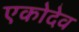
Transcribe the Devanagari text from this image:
एकोदेव